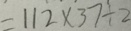
= 1 1 2 \times 3 7 \div 2